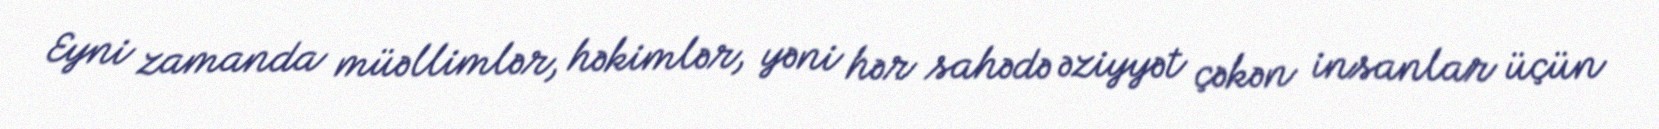
Eyni zamanda müəllimlər, həkimlər, yəni hər sahədə əziyyət çəkən insanlar üçün